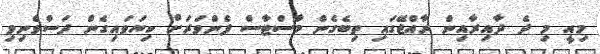
މިއީ މި ދެ ދާއިރާއިން ރާއްޖޭގައި ތިބެގެން މާސްޓާސް ފެންވަރަށް ކިޔަވައިގެން ދަސްވެނިވި